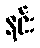
နင်း